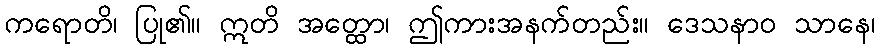
ကရောတိ၊ ပြု၏။ ဣတိ အတ္ထော၊ ဤကားအနက်တည်း။ ဒေသနာဝ သာနေ၊